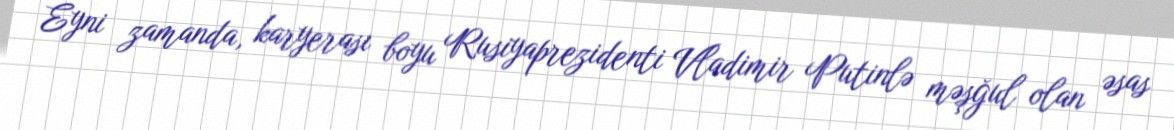
Eyni zamanda, karyerası boyu Rusiyaprezidenti Vladimir Putinlə məşğul olan əsas